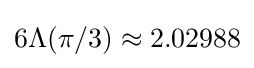
6\Lambda (\pi /3)\approx 2.02988